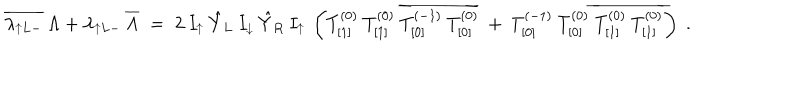
\overline { { { \lambda _ { \uparrow L - } } } } \: \Lambda + \lambda _ { \uparrow L - } \: \overline { { { \Lambda } } } \; = \; 2 \: I _ { \uparrow } \: \hat { Y } _ { L } \: I _ { \downarrow } \: \hat { Y } _ { R } \: I _ { \uparrow } \: \left( T _ { [ 1 ] } ^ { ( 0 ) } \: T _ { [ 1 ] } ^ { ( 0 ) } \: \overline { { { T _ { [ 0 ] } ^ { ( - 1 ) } \: T _ { [ 0 ] } ^ { ( 0 ) } } } } \: + \: T _ { [ 0 ] } ^ { ( - 1 ) } \: T _ { [ 0 ] } ^ { ( 0 ) } \: \overline { { { T _ { [ 1 ] } ^ { ( 0 ) } \: T _ { [ 1 ] } ^ { ( 0 ) } } } } \right) \; .